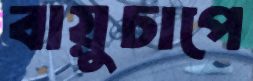
বায়ুচাপে